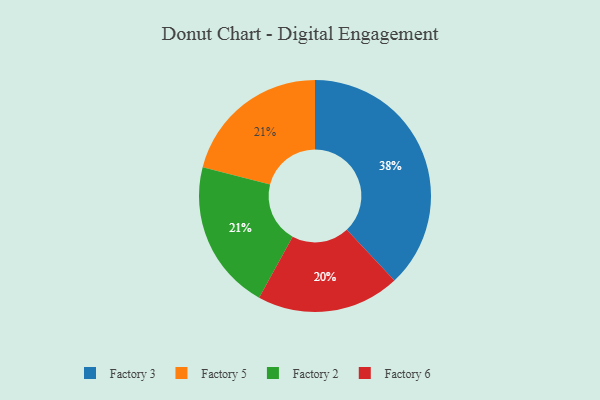
{"axis": {"x": "Category", "y": "Percentage"}, "legend": ["Factory 2", "Factory 3", "Factory 5", "Factory 6"], "data": [{"x": "Factory 5", "y": 21, "type": "Factory 5"}, {"x": "Factory 2", "y": 21, "type": "Factory 2"}, {"x": "Factory 3", "y": 38, "type": "Factory 3"}, {"x": "Factory 6", "y": 20, "type": "Factory 6"}]}